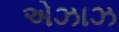
એઝાઝ